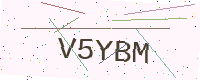
Text: V5YBM